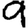
Digit: 9